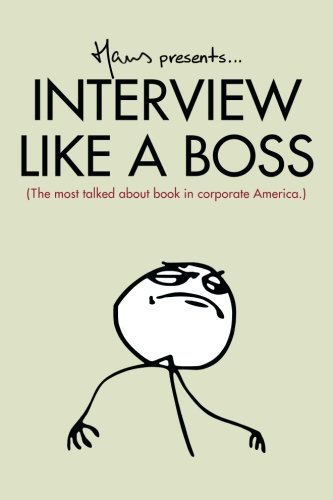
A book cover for Interview Like A Boss: The most talked about book in corporate America.; Hans Van Nas; Business & Money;